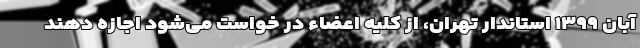
آبان ۱۳۹۹ استاندار تهران، از کلیه اعضاء در خواست می‌شود اجازه دهند